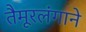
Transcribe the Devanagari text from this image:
तैमूरलंगाने